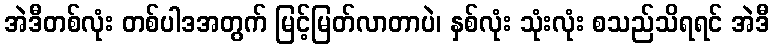
အဲဒီတစ်လုံး တစ်ပါဒအတွက် မြင့်မြတ်လာတာပဲ၊ နှစ်လုံး သုံးလုံး စသည်သိရရင် အဲဒီ